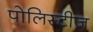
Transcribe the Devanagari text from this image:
पोलिस्टीज़